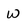
Character: w